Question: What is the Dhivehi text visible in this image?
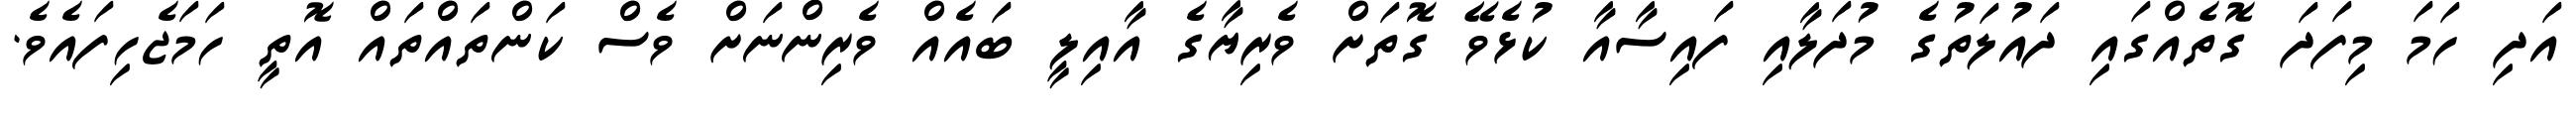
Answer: އަދި ހަމަ މިފަދަ ގޮތެއްގައި ދައުލަތުގެ މުދަލާއި ފައިސާއާ ކުޅެވޭ ގޮތަށް ވެރިޔާގެ އާއިލީ ބައެއް ވެރިންނަށް ވެސް ކަންތައްތައް އޮތީ ހަމަޖެހިފައެވެ.